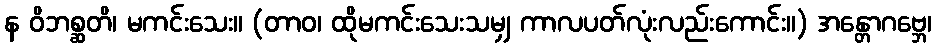
န ဝိဘစ္ဆတိ၊ မကင်းသေး။ (တာဝ၊ ထိုမကင်းသေးသမျှ ကာလပတ်လုံးလည်းကောင်း။) အန္တောဂဗ္ဘေ၊